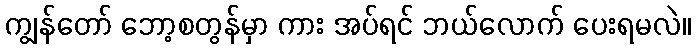
ကျွန်တော် ဘော့စတွန်မှာ ကား အပ်ရင် ဘယ်လောက် ပေးရမလဲ။